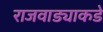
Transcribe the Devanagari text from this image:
राजवाड्याकडे